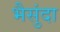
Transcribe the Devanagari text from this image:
भैसुंदा